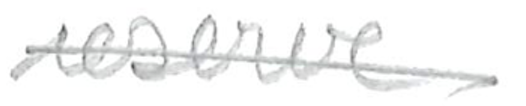
Text: reserve
Cross-out: mix
Writing tool: pencil